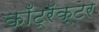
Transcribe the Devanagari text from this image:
काँट्रॅक्टर